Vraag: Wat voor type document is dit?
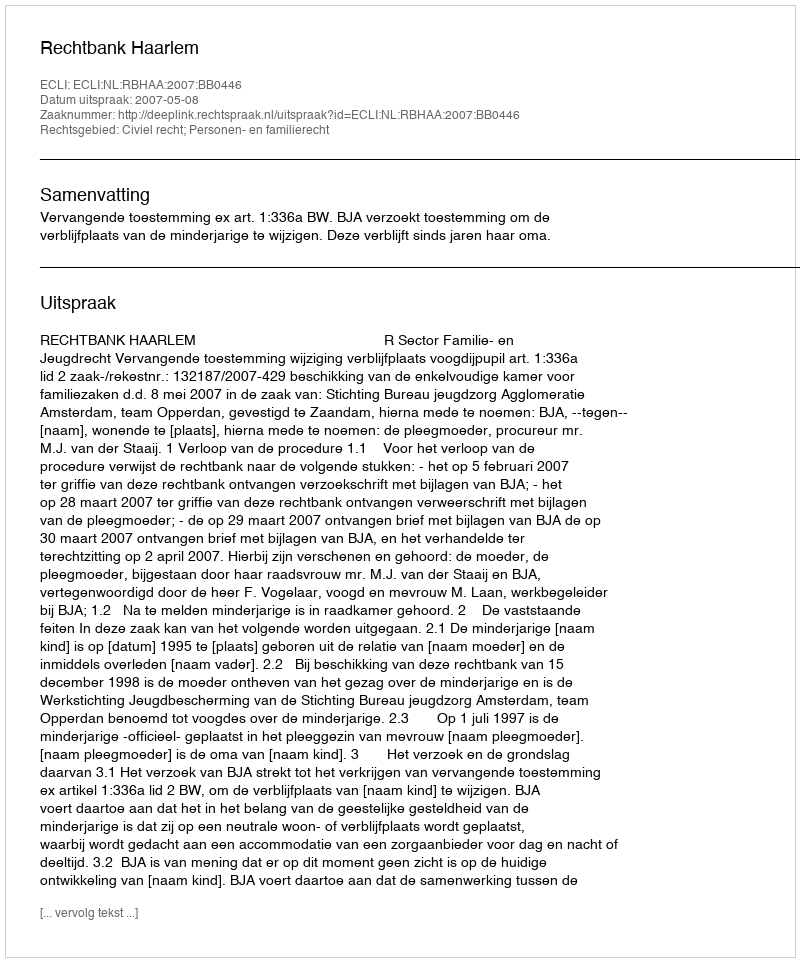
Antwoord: Uitspraak